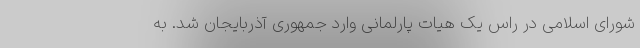
شورای اسلامی در راس یک هیات پارلمانی وارد جمهوری آذربایجان شد. به